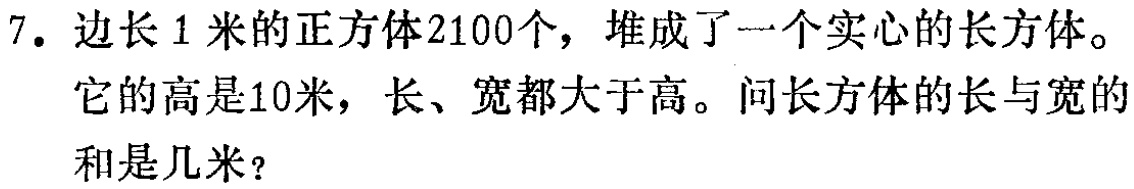
7. 边长1米的正方体2100个，堆成了一个实心的长方体。它的高是10米，长、宽都大于高。问长方体的长与宽的和是几米？